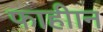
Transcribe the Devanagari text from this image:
फाहीान